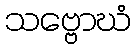
သဗ္ဗောဃံ